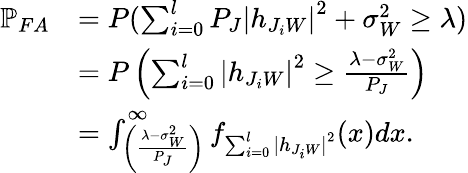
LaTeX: \begin{array}{rl}{\mathbb{P}_{FA}}&{=P(\sum_{i=0}^{l}P_{J}{|h_{J_{i}W}|}^{2}+\sigma_{W}^{2}\geq\lambda)}\\ &{=P\left(\sum_{i=0}^{l}{|h_{J_{i}W}|}^{2}\geq\frac{\lambda-\sigma_{W}^{2}}{P_{J}}\right)}\\ &{=\int_{\left(\frac{\lambda-\sigma_{W}^{2}}{P_{J}}\right)}^{\infty}f_{\sum_{i=0}^{l}{|h_{J_{i}W}|}^{2}}(x)dx.}\end{array}